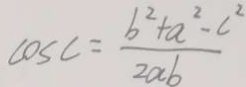
\cos C = \frac { b ^ { 2 } + a ^ { 2 } - c ^ { 2 } } { 2 a b }